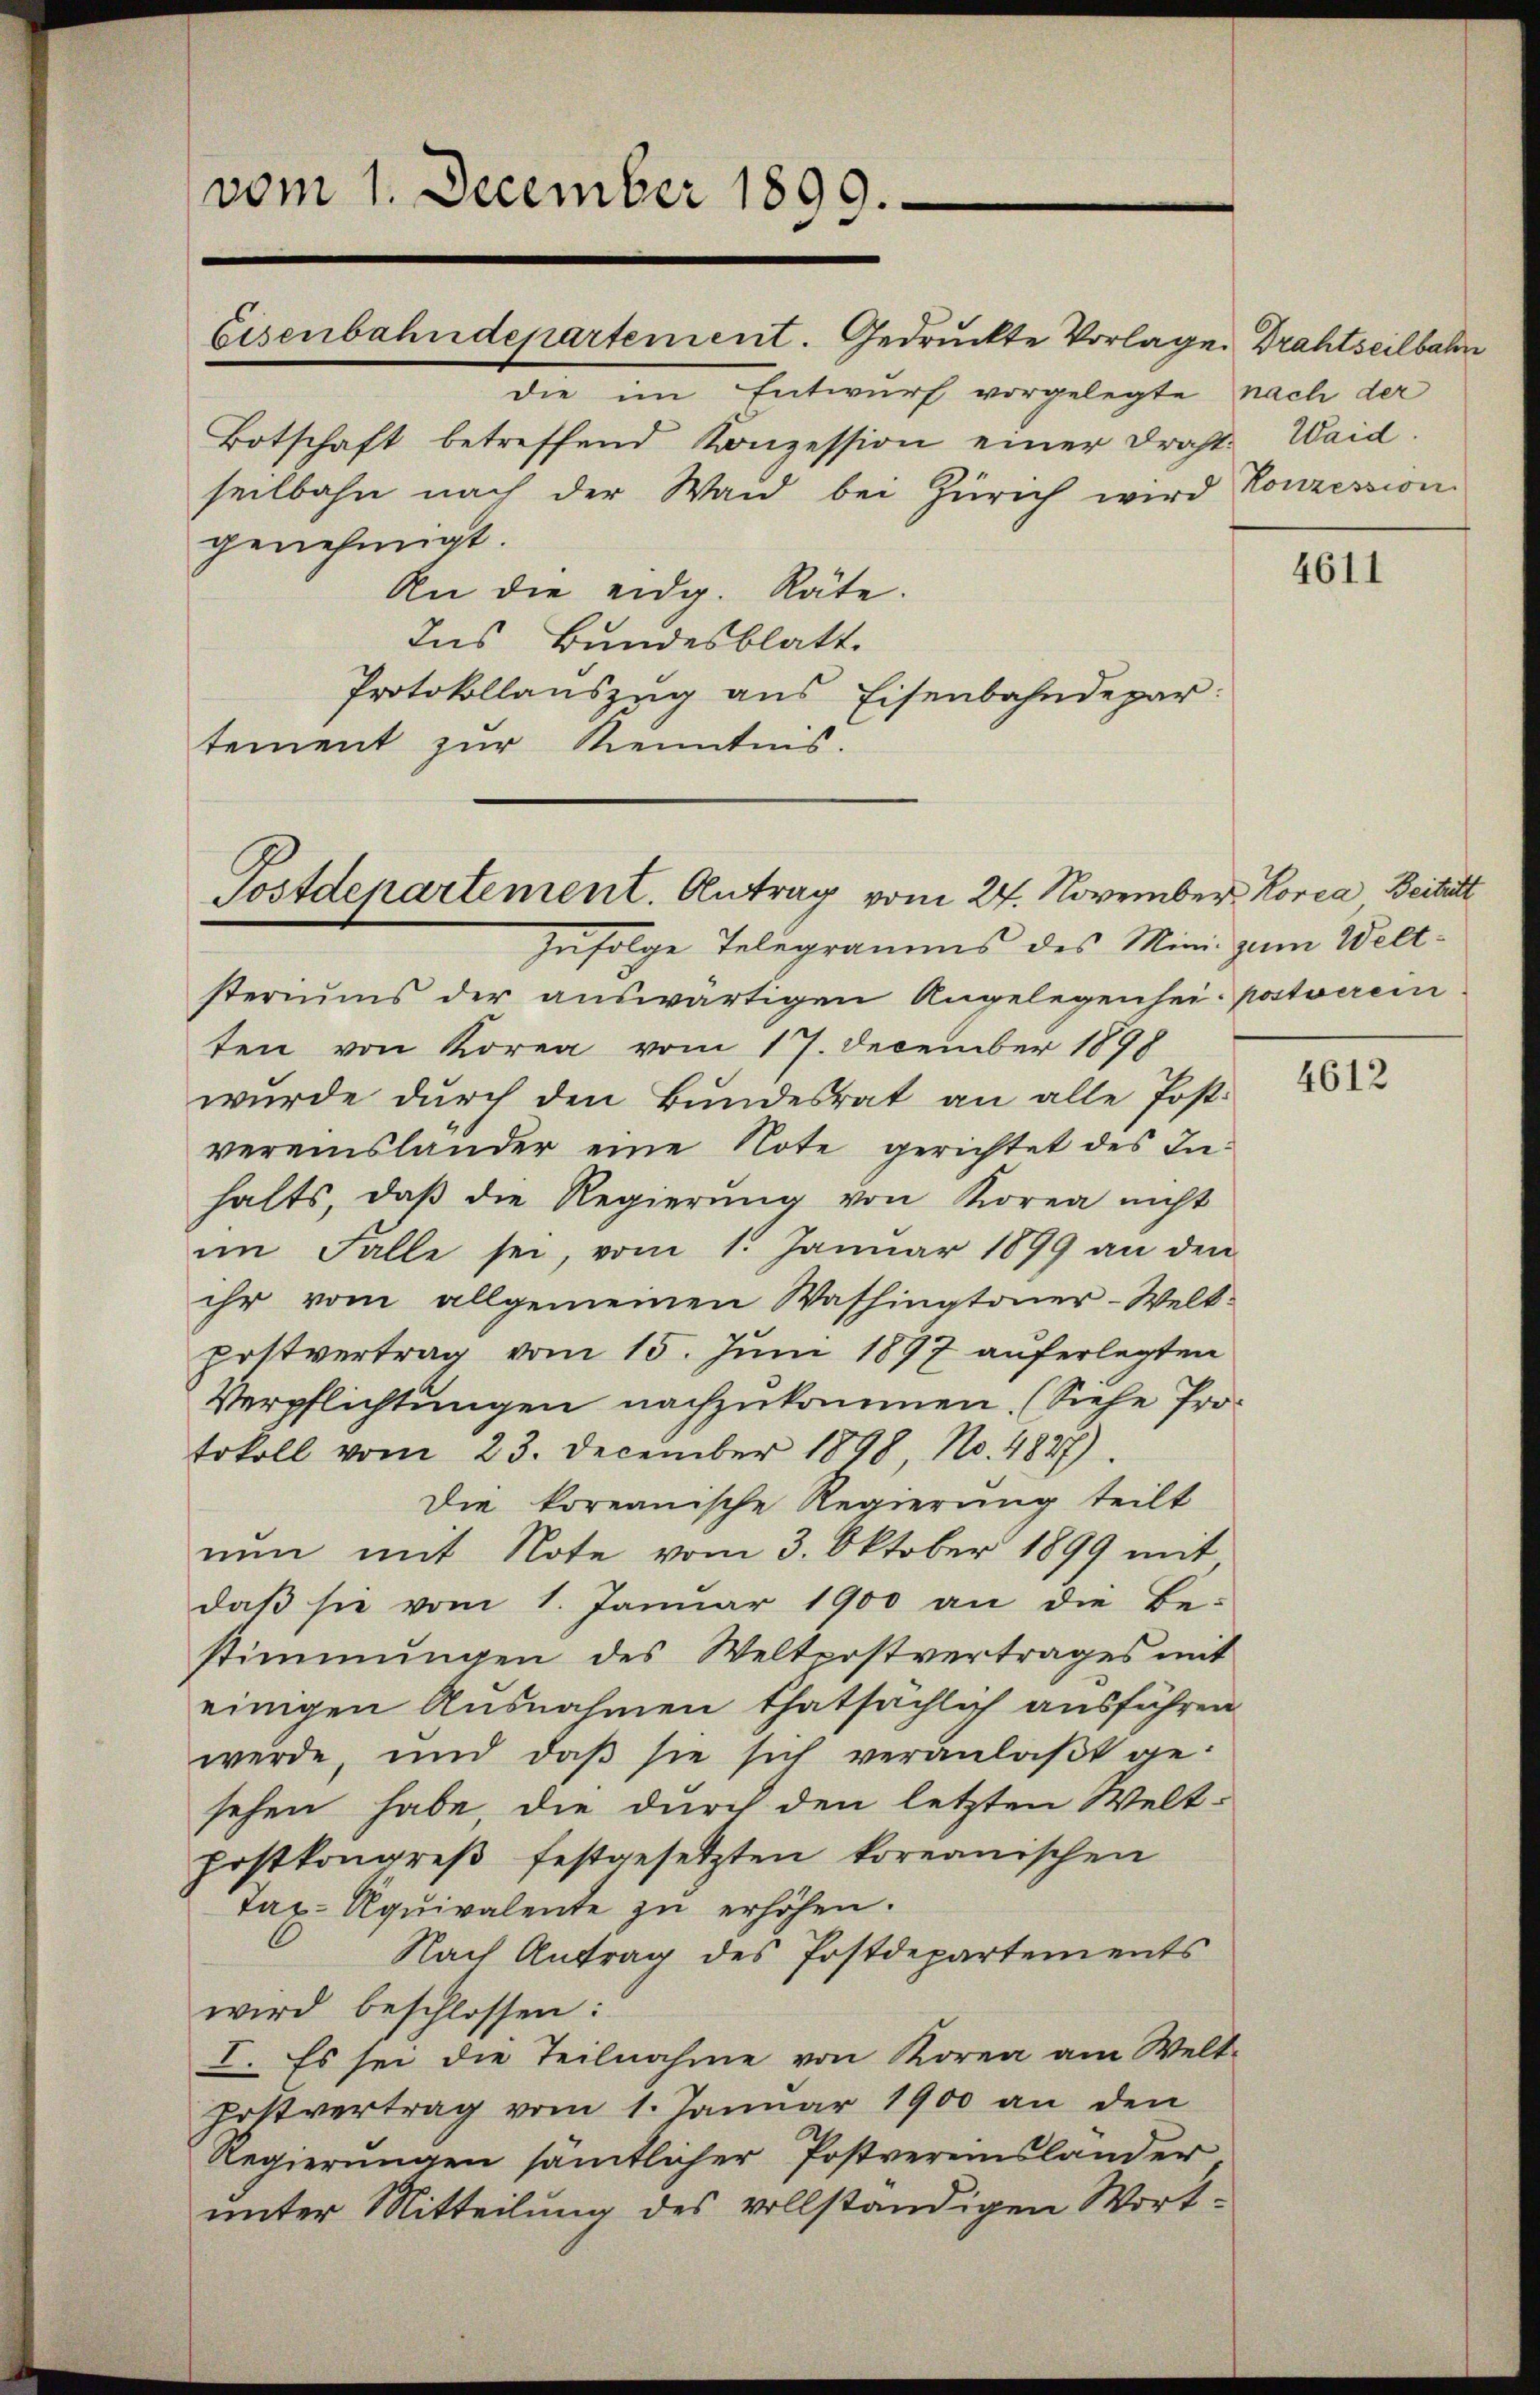
vom 1. December 1899.
Eisenbahndepartement. Gedruckte Vorlage Drahtseilbahn

die im Entwurf vorgelegte nach der
Botschaft betreffend Konzession einer Draht:
seilbahn nach der Wand bei Zürich wird Konzession
genehmigt.
An die eidg. Räte.
Ins Bundesblatt.
Protokollauszug aus Eisenbahndepar:
tement zur Kenntnis.

zufolge Telegramms des Mini zum Weltsteriums der auswärtigen Angelegenhei- postverei
ten von Korea vom 17. December 1898
wurde durch den Bundesrat an alle Postvereinslander eine Note gerichtet des Inhalts, daß die Regierung von Korea nicht
im Falle sei, vom 1. Januar 1899 an den
ihr vom allgemeinen Washingtoner-Welt-
postvertrag vom 15. Juni 1897 auferlegten
Verpflichtungen nachzukommen. (Siehe Protokoll vom 23. December 1898, No. 4827)
Die koreanische Regierung teilt
nŭn mit Note vom 3. Oktober 1899 mit
daβ sie vom 1. Januar 1900 an die Be-
stimmungen des Weltpostvertrages mit
einigen Ausnahmen thatsächlich ausführen
werde und daβ sie sich veranlaßt ge-
sehen habe, die durch den letzten Welt-
postkongreß festgesetzten koreanischen
Tax- Äquivalente zu erhöhen.
Nach Antrag des Postdepartements
wird beschlossen:
I. Es sei die Teilnahme von Korea am Welt-
Postvertrag vom 1. Januar 1900 an den
Regierungen sämtlicher Postvereinslander
unter Mitteilung des vollständigen Wort-

Postdepartement. Antrag vom 24. November Korca, Beitritt

Waid.

4611

4612